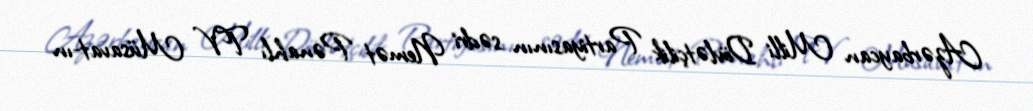
Azərbaycan Milli Dövlətçilik Partiyasının sədri Nemət Pənahlı TV Müsavat-ın